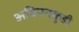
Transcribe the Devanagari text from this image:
अविननकुडी